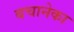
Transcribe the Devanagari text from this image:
बचानेका